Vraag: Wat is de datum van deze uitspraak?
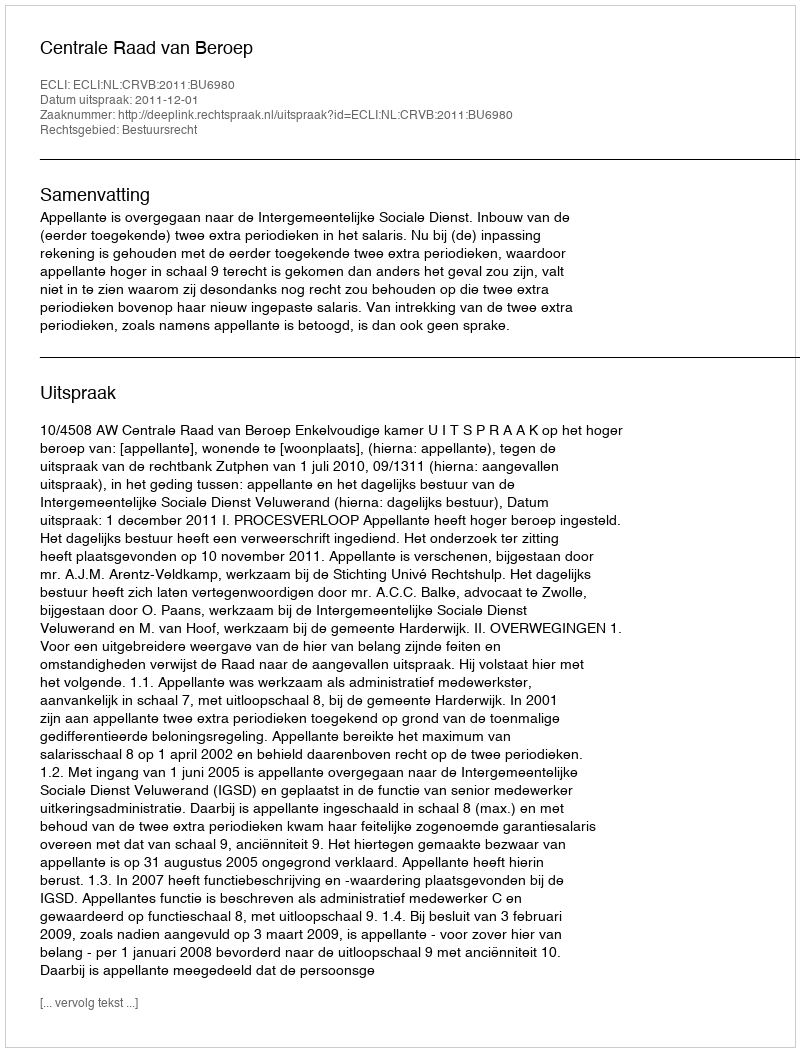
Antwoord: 2011-12-01